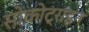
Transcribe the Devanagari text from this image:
सोकोट्राइन